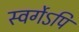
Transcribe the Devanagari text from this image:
स्वर्गेऽपि